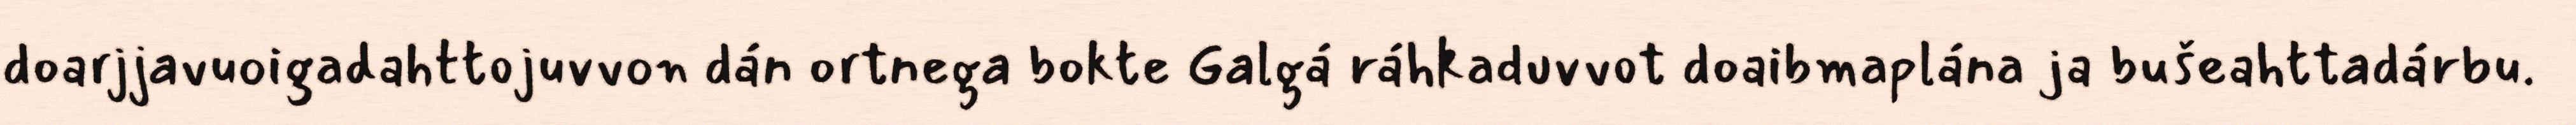
doarjjavuoigadahttojuvvon dán ortnega bokte Galgá ráhkaduvvot doaibmaplána ja bušeahttadárbu.